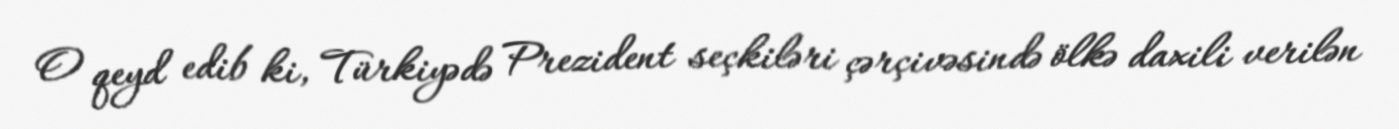
O qeyd edib ki, Türkiyədə Prezident seçkiləri çərçivəsində ölkə daxili verilən